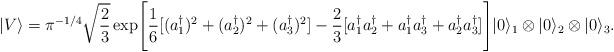
LaTeX: \begin{align*}\vert V \rangle = \pi^{-1/4}\sqrt{2\over 3} \exp\Biggl[{1\over 6}[ (a_1^\dagger)^2+(a_2^\dagger)^2+(a_3^\dagger)^2]-{2\over 3} [a_1^\dagger a_2^\dagger + a_1^\dagger a_3^\dagger +a_2^\dagger a_3^\dagger ]\Biggr]\vert 0 \rangle_1 \otimes\vert 0 \rangle_2 \otimes \vert 0 \rangle_3.\end{align*}